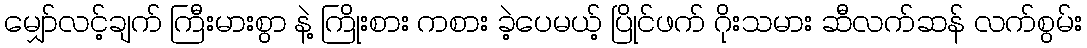
မျှော်လင့်ချက် ကြီးမားစွာ နဲ့ ကြိုးစား ကစား ခဲ့ပေမယ့် ပြိုင်ဖက် ဂိုးသမား ဆီလက်ဆန် လက်စွမ်း